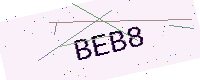
Text: BEB8